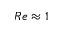
R e \approx 1